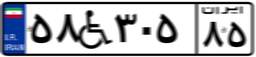
۵۸W۳۰۵۸۵